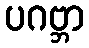
ပဂဗ္ဘာ